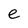
Character: e